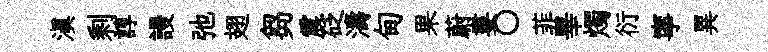
滇剩諄謾弛翅芻震砭濤甸果蔚婁〇菲畢燭衍寧異